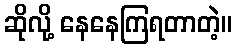
ဆိုလို့ နေနေကြရတာတဲ့။